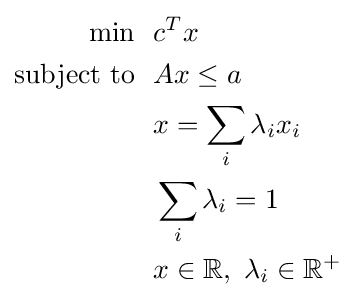
{\begin{aligned}\min ~~&c^{T}x\\{\text{subject to}}~~&Ax\leq a\\&x=\sum _{i}\lambda _{i}x_{i}\\&\sum _{i}\lambda _{i}=1\\&x\in \mathbb {R} ,~\lambda _{i}\in \mathbb {R} ^{+}\end{aligned}}